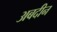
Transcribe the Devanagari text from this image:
अबदीन